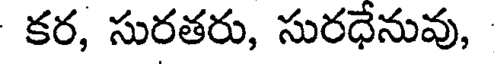
కర, సురతరు, సురధేనువు,